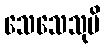
သေသေသုပိ